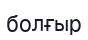
болғыр